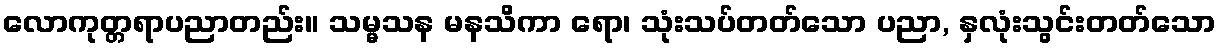
လောကုတ္တရာပညာတည်း။ သမ္မသန မနသိကာ ရော၊ သုံးသပ်တတ်သော ပညာ, နှလုံးသွင်းတတ်သော